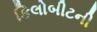
કિલોબીટની